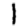
Digit: 1